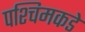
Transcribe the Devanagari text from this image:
पश्चिमकडे